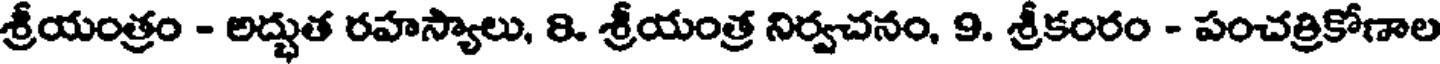
శ్రీయంత్రం - అద్భుత రహస్యాలు, 8. శ్రీయంత్ర నిర్వచనం, 9. శ్రీకంరం - పంచత్రికోణాల